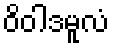
ဝိဝါဒမူလံ